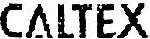
CALTEX